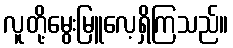
လူတို့မွေးမြူလေ့ရှိကြသည်။